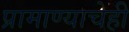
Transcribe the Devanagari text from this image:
प्रामाण्याचेही